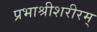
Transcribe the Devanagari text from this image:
प्रभाश्रीशरीरम्